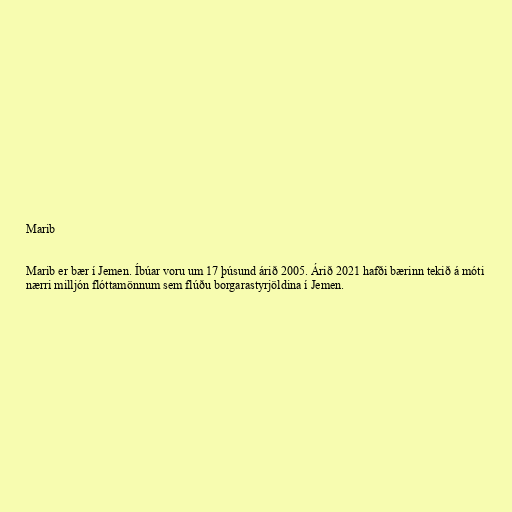
Marib

Marib er bær í Jemen. Íbúar voru um 17 þúsund árið 2005. Árið 2021 hafði bærinn tekið á móti
nærri milljón flóttamönnum sem flúðu borgarastyrjöldina í Jemen.